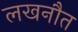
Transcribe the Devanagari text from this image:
लखनौत